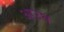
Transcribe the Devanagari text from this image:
आउघ